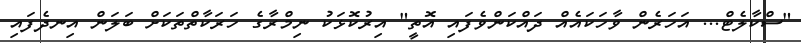
"ސްކާލެޓް... އަހަރެން ވާހަކައެއް ދައްކަންވެފައި އޮތީ" އިރުކޮޅަކު ނިމްރާގެ ހަރަކާތްތަކަށް ބަލަން އިނދެފައި